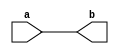
module assign_statement (
    input wire a,
    output reg b
);

    assign b = a; // assigning the value of input 'a' to output 'b'

endmodule